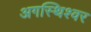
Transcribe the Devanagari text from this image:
अगस्थिश्वर